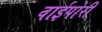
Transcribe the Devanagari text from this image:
वाईपोरी